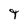
Character: 9